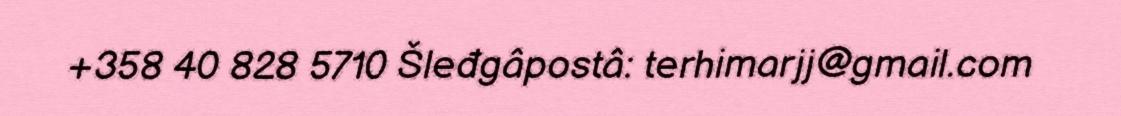
+358 40 828 5710 Šleđgâpostâ: terhimarjj@gmail.com